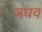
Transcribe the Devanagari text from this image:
जधव